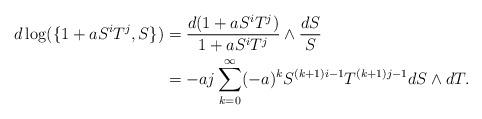
LaTeX: \begin{align*}d\log(\{1+aS^iT^j, S\})&=\frac{d(1+aS^iT^j)}{1+aS^iT^j}\wedge\frac{dS}{S}\\&=-aj\sum_{k=0}^\infty(-a)^kS^{(k+1)i-1}T^{(k+1)j-1}dS\wedge dT.\end{align*}